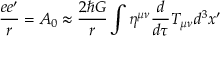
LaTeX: \frac { e e ^ { \prime } } { r } = A _ { 0 } \approx \frac { 2 \hbar G } { r } \int \eta ^ { \mu \nu } \frac { d } { d \tau } T _ { \mu \nu } d ^ { 3 } x ^ { \prime }